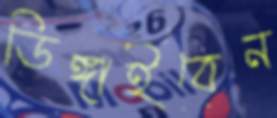
ডিঙ্গাইবেন